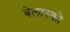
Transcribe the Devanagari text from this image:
बेलास्को